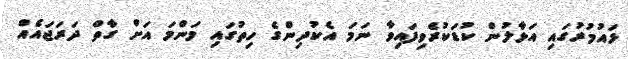
ޅައުމުރުގައި އަޅާލުން ކުޑަކުރެވިފައިވާ ނަމަ އެކުދިންގެ ހިތުގައި މަންމަ އަށް ގާތް ދަރަޖައެއް